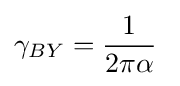
\gamma _{BY}={\frac {1}{2\pi \alpha }}\